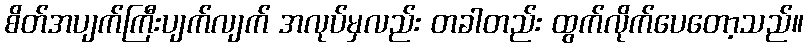
စိတ်အပျက်ကြီးပျက်လျက် အလုပ်မှလည်း တခါတည်း ထွက်လိုက်ပေတော့သည်။